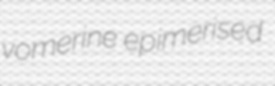
vomerine epimerised